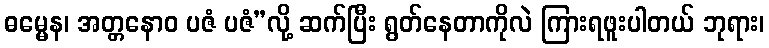
ဓမ္မေန၊ အတ္တနောဝ ပဇံ ပဇံ”လို့ ဆက်ပြီး ရွတ်နေတာကိုလဲ ကြားရဖူးပါတယ် ဘုရား၊